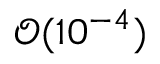
\mathcal { O } ( 1 0 ^ { - 4 } )